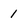
Character: 1